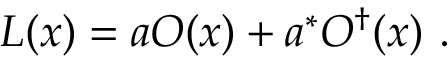
{ \cal { L } } ( x ) = a O ( x ) + a ^ { * } O ^ { \dagger } ( x ) ~ .